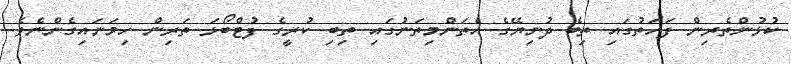
ކުޅުންތެރިން ފަހަތުގައި ތިބެ ދުނިޔޭގެ އެތަންމިތަނުގައި ތިބި ކުރީގެ ފުޓްބޯޅަ ތަރިން ހިމަނައިގެންނެވެ.